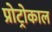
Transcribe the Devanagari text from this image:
प्रोट्रोकाल